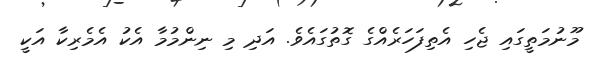
މޫނުމަތީގައި ޖެހި އެތިފަހަރެއްގެ ގޮތުގައެވެ. އަދި މި ނިންމުމާ އެކު އެމެރިކާ އަކީ